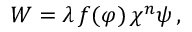
W = \lambda \, f ( \varphi ) \, \chi ^ { n } \psi \, ,